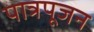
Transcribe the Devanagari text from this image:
पात्रपूजन